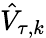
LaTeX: \hat{V}_{\tau,k}